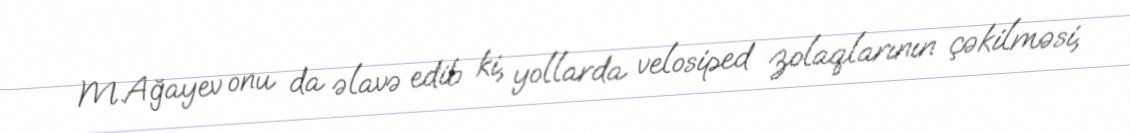
M.Ağayev onu da əlavə edib ki, yollarda velosiped zolaqlarının çəkilməsi,